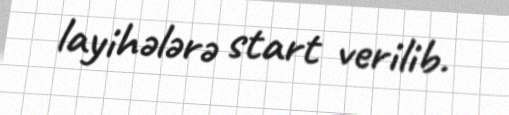
layihələrə start verilib.